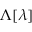
\Lambda [ \lambda ]